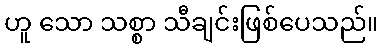
ဟူ သော သစ္စာ သီချင်းဖြစ်ပေသည်။